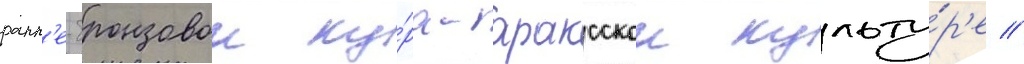
ранн'е-бронзовои ку́ра-араксскои культу́р'е //